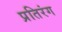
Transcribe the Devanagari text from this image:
प्रतिरंग